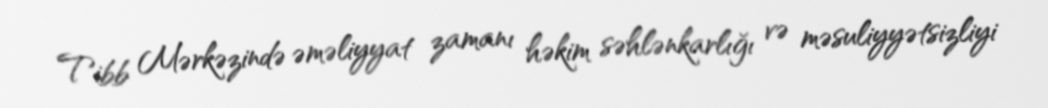
Tibb Mərkəzində əməliyyat zamanı həkim səhlənkarlığı və məsuliyyətsizliyi